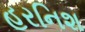
હરનિશ